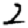
Digit: 2